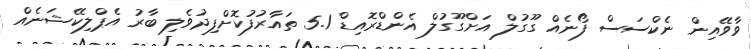
ވާވޭއިން ނެކްސަސް ފޯނެއް ގޫގުލް އަށްގޫގުލް އެންޑްރޮއިޑް 5.1 ތައާރުފުކޮށްފިދުވެލި ބާރު އެޕްލިކޭޝަނެއް